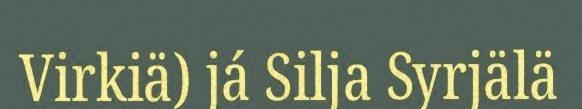
Virkiä) já Silja Syrjälä